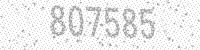
Solution: 807585